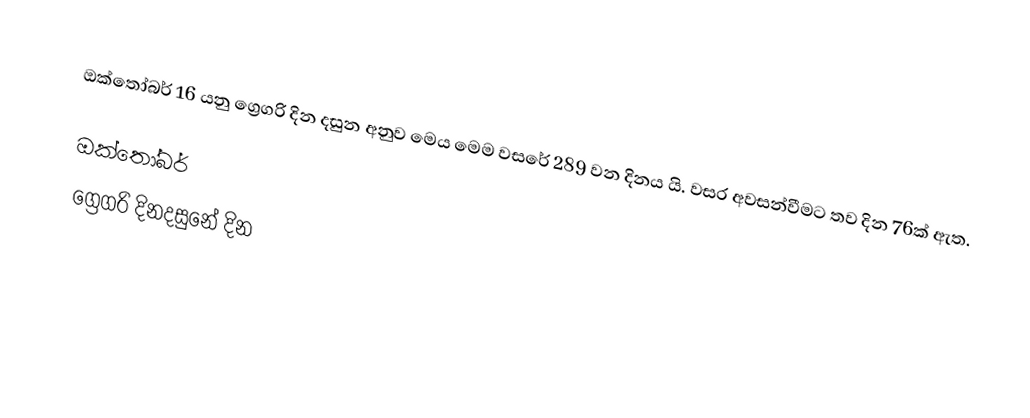
ඔක්තෝබර් 16 යනු ග්‍රෙගරි දින දසුන අනුව මෙය මෙම වසරේ 289 වන දිනය යි. වසර අවසන්වීමට තව දින 76ක් ඇත.

ඔක්තෝබර්
ග්‍රෙගරි දිනදසුනේ දින